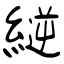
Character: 縌